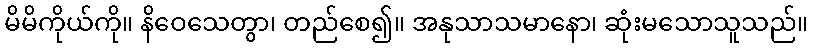
မိမိကိုယ်ကို။ နိဝေသေတွာ၊ တည်စေ၍။ အနုသာသမာနော၊ ဆုံးမသောသူသည်။